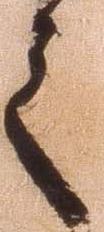
之